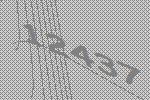
12437